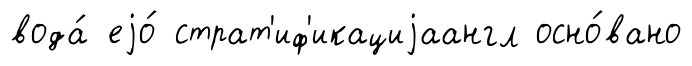
вода́ еjо́ страт'иф'икациjаангл осно́вано